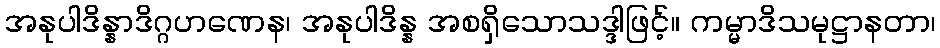
အနုပါဒိန္နာဒိဂ္ဂဟဏေန၊ အနုပါဒိန္န အစရှိသောသဒ္ဒါဖြင့်။ ကမ္မာဒိသမုဋ္ဌာနတာ၊